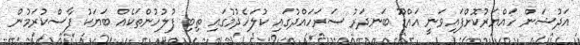
އަދުޝަން ހައްޔަރުކޮށްފައިވަނީ އައްޑޫ ބަނދަރު ސަރަހައްދުގައި ކުލަހެދުމުގައި ތިބި ފުލުހުންތަކެއް ބަޔަކު ފާސްކުރަމުން